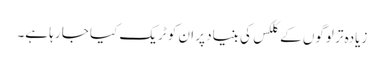
زیادہ تر لوگوں کے کلکس کی بنیاد پر ان کو ٹریک کیا جا رہا ہے۔